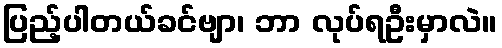
ပြည့်ပါတယ်ခင်ဗျာ၊ ဘာ လုပ်ရဦးမှာလဲ။